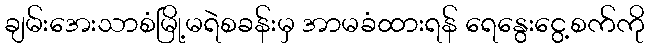
ချမ်းအေးသာစံမြို့မရဲစခန်းမှ အာမခံထားရန် ရေနွေးငွေ့စက်ကို